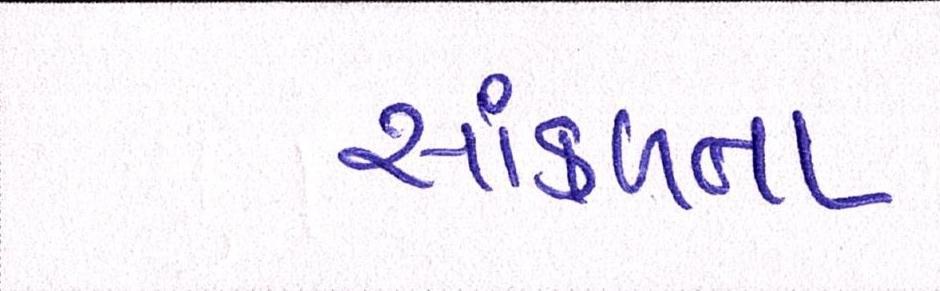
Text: સાંકળતા